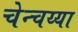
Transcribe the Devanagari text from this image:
चेन्चय्या